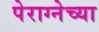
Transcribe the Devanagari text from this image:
पेराग्नेच्या